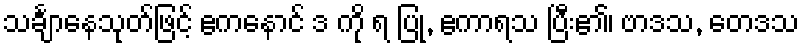
သင်္ချာနေသုတ်ဖြင့် ဧကနောင် ဒ ကို ရ ပြု, ဧကာရသ ပြီး၏၊ ဗာဒသ, တေဒသ